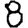
Digit: 8